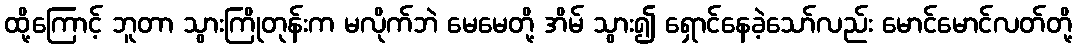
ထို့ကြောင့် ဘူတာ သွားကြိုတုန်းက မလိုက်ဘဲ မေမေတို့ အိမ် သွား၍ ရှောင်နေခဲ့သော်လည်း မောင်မောင်လတ်တို့